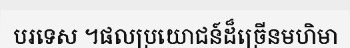
បរទេស ។ផលប្រយោជន៍ដ៏ច្រើនមហិមា